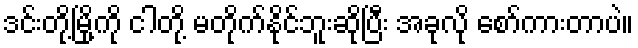
ဒင်းတို့မြို့ကို ငါတို့ မတိုက်နိုင်ဘူးဆိုပြီး အခုလို စော်ကားတာပဲ။